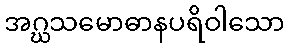
အဂ္ဃသမောဓာနပရိဝါသော